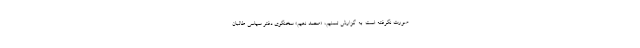
صورت نگرفته است. به گزارش تسنیم، «محمد نعیم» سخنگوی دفتر سیاسی طالبان